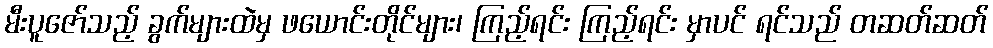
မီးပူဇော်သည့် ခွက်များထဲမှ ဖယောင်းတိုင်များ၊ ကြည့်ရင်း ကြည့်ရင်း မှာပင် ရင်သည် တဆတ်ဆတ်